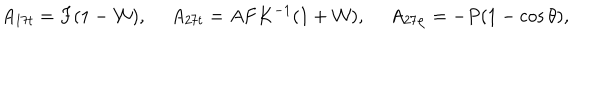
A _ { 1 7 t } = F ( 1 - { \cal W } ) , \ A _ { 2 7 t } = A F K ^ { - 1 } ( 1 + { \cal W } ) , \ A _ { 2 7 \varphi } = - P ( 1 - \cos \theta ) ,